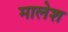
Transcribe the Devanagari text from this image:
मालेश